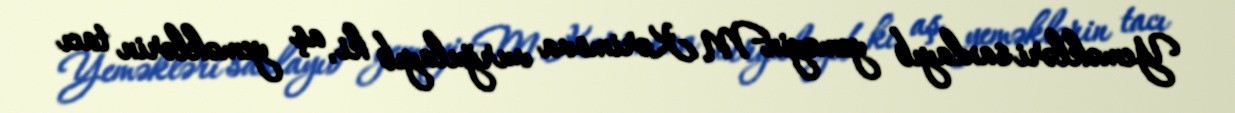
Yeməkləri saxlayıb yeməyinM.Kərimova vurğulayıb ki, aş yeməklərin tacı